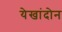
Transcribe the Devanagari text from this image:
येखांदोन